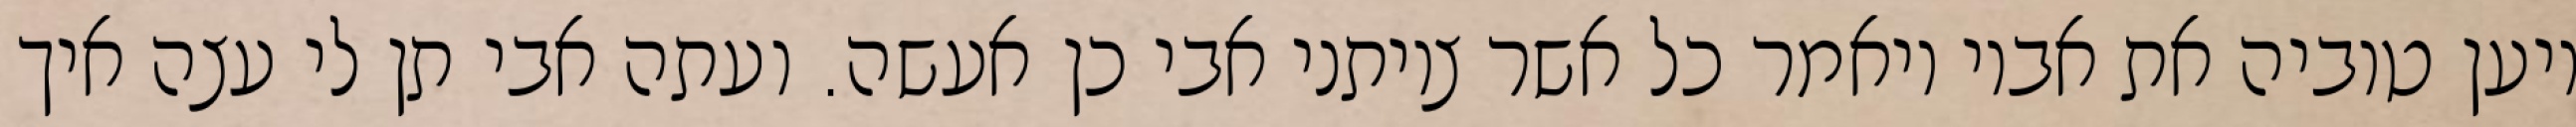
ויען טוביה את אביו ויאמר כל אשר צויתני אבי כן אעשה. ועתה אבי תן לי עצה איך